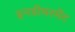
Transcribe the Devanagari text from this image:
इनडीयरमेंट